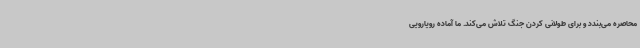
محاصره می‌بندد و برای طولانی کردن جنگ تلاش می‌کند. ما آماده رویارویی